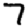
Digit: 7